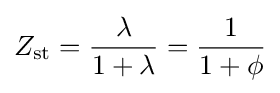
Z_{\text{st}}={\frac {\lambda }{1+\lambda }}={\frac {1}{1+\phi }}